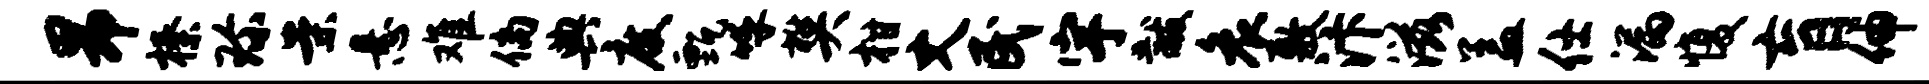
昂榛珍案悬难倘典度甄呼樊柑丈民宇黻哀敷汴滋盖仕漏愎肓伸